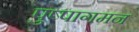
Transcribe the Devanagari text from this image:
पुष्पागमन